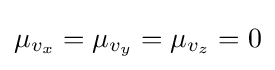
\mu _{v_{x}}=\mu _{v_{y}}=\mu _{v_{z}}=0